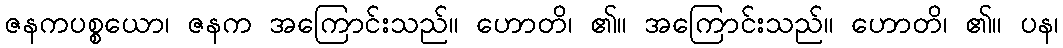
ဇနကပစ္စယော၊ ဇနက အကြောင်းသည်။ ဟောတိ၊ ၏။ အကြောင်းသည်။ ဟောတိ၊ ၏။ ပန၊